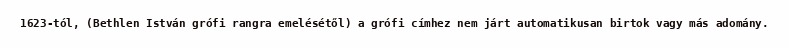
1623-tól, (Bethlen István grófi rangra emelésétől) a grófi címhez nem járt automatikusan birtok vagy más adomány.